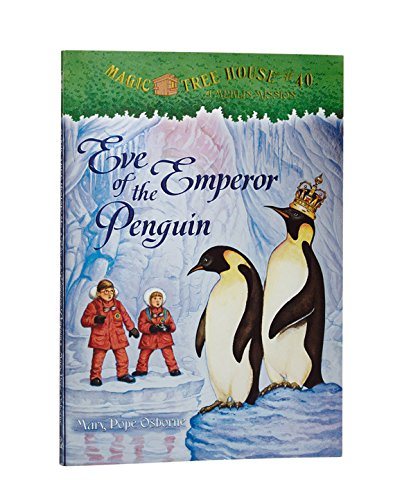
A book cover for Eve of the Emperor Penguin (Magic Tree House #40); Mary Pope Osborne; Children's Books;